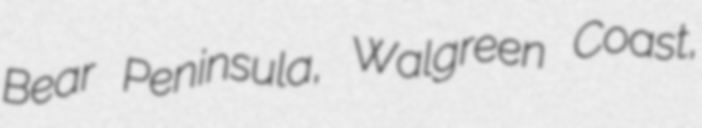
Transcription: Bear Peninsula, Walgreen Coast,